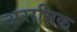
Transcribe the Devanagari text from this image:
अरामिक